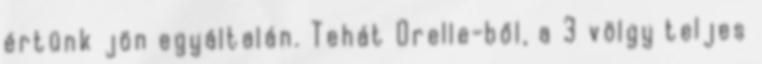
értünk jön egyáltalán. Tehát Orelle-ből, a 3 völgy teljes